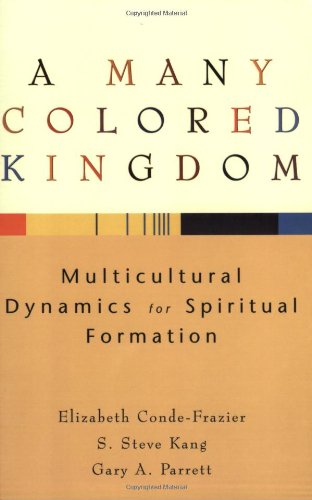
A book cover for A Many Colored Kingdom: Multicultural Dynamics for Spiritual Formation; Elizabeth Conde-Frazier; Religion & Spirituality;